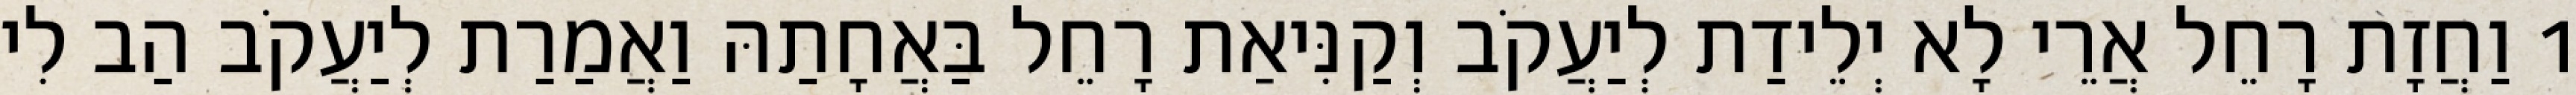
1 וַחֲזָת רָחֵל אֲרֵי לָא יְלֵידַת לְיַעֲקֹב וְקַנִּיאַת רָחֵל בַּאֲחָתַהּ וַאֲמַרַת לְיַעֲקֹב הַב לִי